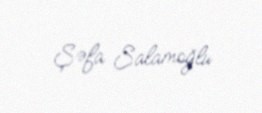
Şəfa Salamoğlu